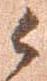
候